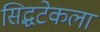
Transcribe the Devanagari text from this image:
सिद्धटेकला